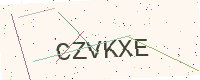
Text: CZVKXE